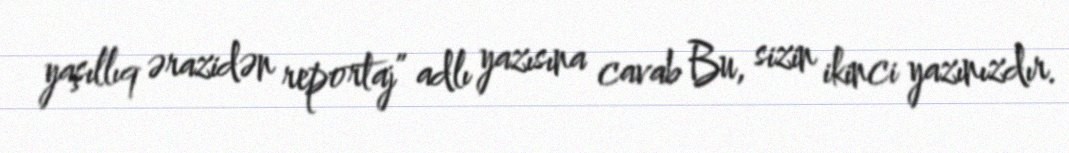
yaşıllıq ərazidən reportaj” adlı yazısına cavab Bu, sizin ikinci yazınızdır.